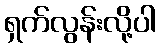
ရှက်လွန်းလို့ပါ